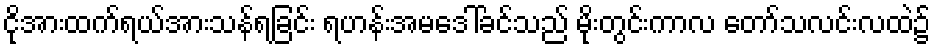
ငိုအားထက်ရယ်အားသန်ရခြင်း ရဟန်းအမဒေါ်ခင်သည် မိုးတွင်းကာလ တော်သလင်းလထဲ၌